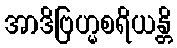
အာဒိဗြဟ္မစရိယန္တိ